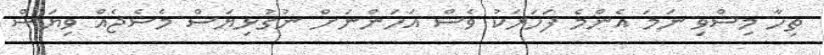
ތިހާ މިސްވި ނަމަ އެންމެ ފަހަރަކު ވެސް އަހަންނަށް ނުގުޅިޔަސް މެސެޖެއް ވިޔަސް